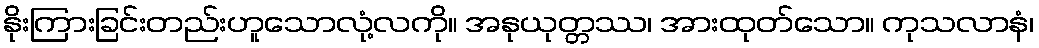
နိုးကြားခြင်းတည်းဟူသောလုံ့လကို။ အနုယုတ္တဿ၊ အားထုတ်သော။ ကုသလာနံ၊